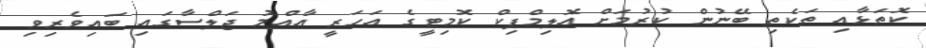
ކޮތަޅާއި ތަކެތި ބޭނުން ކުރުމަށް އޮލިމްޕިކް ކޮމިޓީގެ އަހަރީ އާއްމު ޖަލްސާގައި ބައިވެރިވި